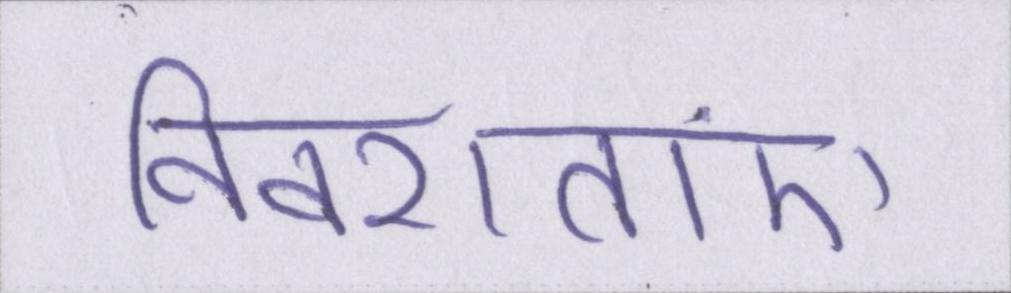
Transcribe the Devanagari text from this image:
विवशताएं